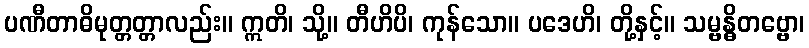
ပဏီတာဓိမုတ္တတ္တာလည်း။ ဣတိ၊ သို့။ တီဟိပိ၊ ကုန်သော။ ပဒေဟိ၊ တို့နှင့်။ သမ္ဗန္ဓိတဗ္ဗော၊